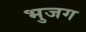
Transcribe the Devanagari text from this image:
भुजग